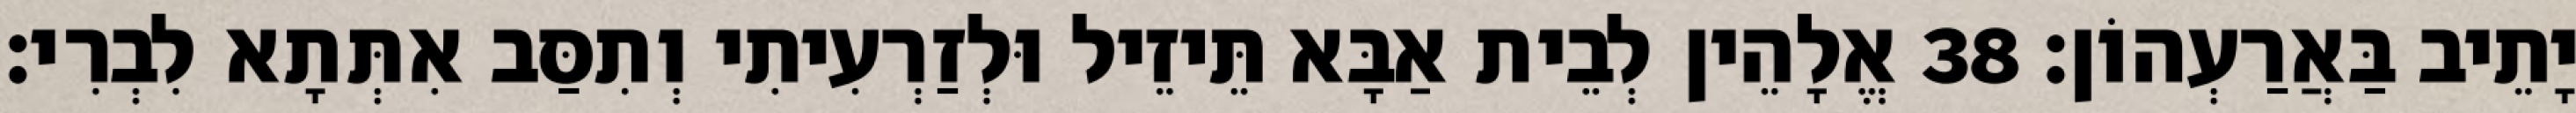
יָתֵיב בַּאֲרַעְהוֹן׃ 38 אֱלָהֵין לְבֵית אַבָּא תֵּיזֵיל וּלְזַרְעִיתִי וְתִסַּב אִתְּתָא לִבְרִי׃